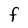
Character: F